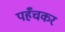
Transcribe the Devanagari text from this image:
पहँचकर